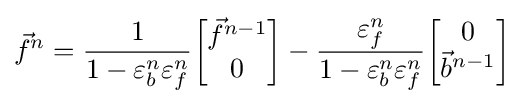
{\vec {f}}^{n}={1 \over {1-\varepsilon _{b}^{n}\varepsilon _{f}^{n}}}{\begin{bmatrix}{\vec {f}}^{n-1}\\0\end{bmatrix}}-{\varepsilon _{f}^{n} \over {1-\varepsilon _{b}^{n}\varepsilon _{f}^{n}}}{\begin{bmatrix}0\\{\vec {b}}^{n-1}\end{bmatrix}}